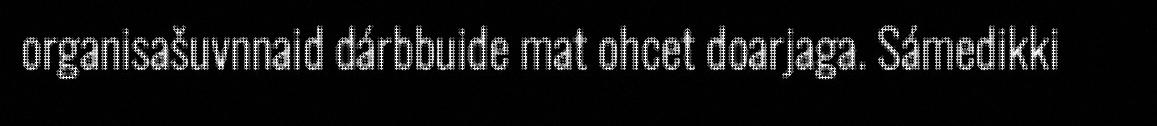
organisašuvnnaid dárbbuide mat ohcet doarjaga. Sámedikki